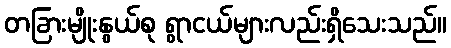
တခြားမျိုးနွယ်စု ရွာငယ်များလည်းရှိသေးသည်။